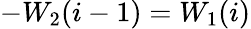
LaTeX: -W_{2}(i-1)=W_{1}(i)